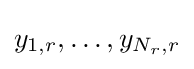
y_{1,r},\ldots ,y_{N_{r},r}